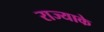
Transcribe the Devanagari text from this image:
राज्याके